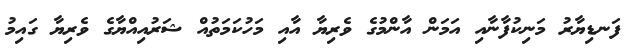
ފަނޑިޔާރު މަނިކުފާނާއި އަމަން އާންމުގެ ވެރިޔާ އާއި މަހުކަމަތުއް ޝަރުއިއްޔާގެ ވެރިޔާ ގައިމު